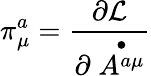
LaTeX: \pi_{\mu}^{a}=\frac{\partial{\cal L}}{\partial\stackrel{\bullet}{A^{a\mu}}}